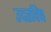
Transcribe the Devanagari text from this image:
उदरविष